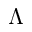
\Lambda